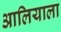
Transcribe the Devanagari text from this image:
आलियाला